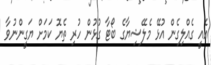
އެއީ ގެއްލިގެން އުޅޭ މެލޭޝިޔާގެ ބޯޓާ ގުޅުން ހުރި ތެޔޮ ކަމަށް ޔަގީންނުވާ